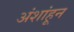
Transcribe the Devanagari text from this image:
अंशांहून